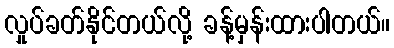
လှုပ်ခတ်နိုင်တယ်လို့ ခန့်မှန်းထားပါတယ်။